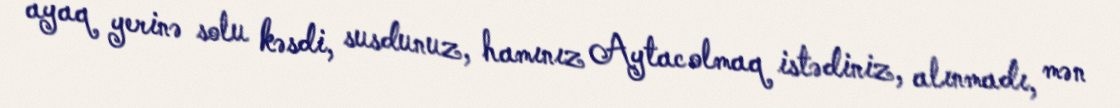
ayaq yerinə solu kəsdi, susdunuz, hamınız Aytac olmaq istədiniz, alınmadı, mən